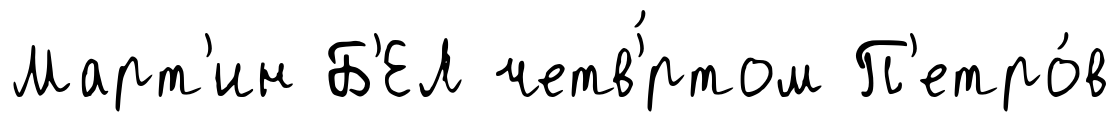
Март'ин Б'ЕЛ четв'́ртом П'етро́в